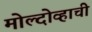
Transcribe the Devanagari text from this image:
मोल्दोव्हाची